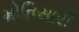
મોતિસારી